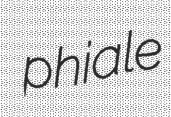
phiale